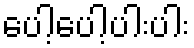
ပေါ့ပေါ့ပါးပါး